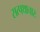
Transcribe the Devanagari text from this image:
सत्पथाचारः